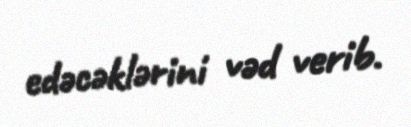
edəcəklərini vəd verib.